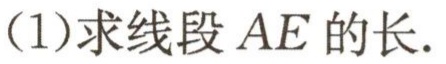
(1)求线段\(AE\)的长.